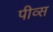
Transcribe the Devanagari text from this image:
पीव्स